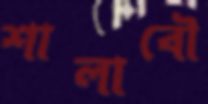
শালাবৌ